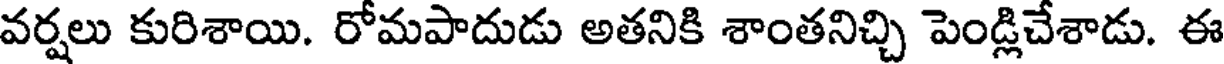
వర్షలు కురిశాయి. రోమపాదుడు అతనికి శాంతనిచ్చి పెండ్లిచేశాడు. ఈ